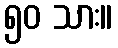
၅၀ သား။